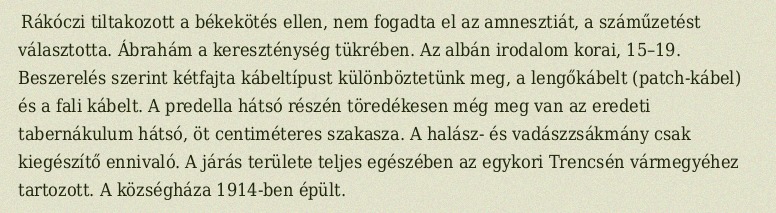
Rákóczi tiltakozott a békekötés ellen, nem fogadta el az amnesztiát, a száműzetést választotta. Ábrahám a kereszténység tükrében. Az albán irodalom korai, 15–19. Beszerelés szerint kétfajta kábeltípust különböztetünk meg, a lengőkábelt (patch-kábel) és a fali kábelt. A predella hátsó részén töredékesen még meg van az eredeti tabernákulum hátsó, öt centiméteres szakasza. A halász- és vadászzsákmány csak kiegészítő ennivaló. A járás területe teljes egészében az egykori Trencsén vármegyéhez tartozott. A községháza 1914-ben épült.